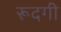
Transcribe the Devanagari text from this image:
रूदगी